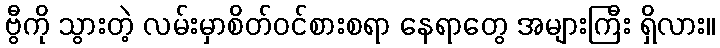
ဗွီကို သွားတဲ့ လမ်းမှာစိတ်ဝင်စားစရာ နေရာတွေ အများကြီး ရှိလား။